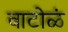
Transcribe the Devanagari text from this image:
वाटोळं